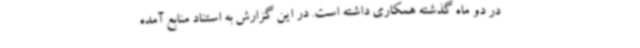
در دو ماه گذشته همکاری داشته است. در این گزارش به استناد منابع آمده